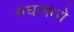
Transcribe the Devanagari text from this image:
मघामध्ये